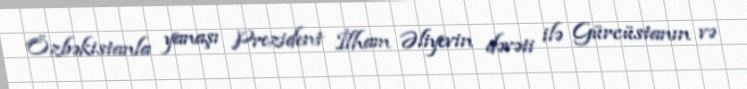
Özbəkistanla yanaşı Prezident İlham Əliyevin dəvəti ilə Gürcüstanın və